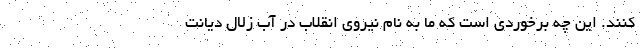
کنند. این چه برخوردی است که ما به نام نیروی انقلاب در آب زلال دیانت